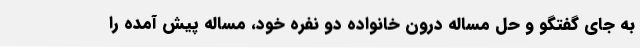
به جای گفتگو و حل مساله درون خانواده دو نفره خود، مساله پیش آمده را